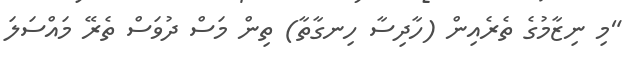
"މި ނިޒާމުގެ ތެރެއިން (ހާދިސާ ހިނގާތާ) ތިން މަސް ދުވަސް ތެރޭ މައްސަލަ